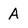
Character: A